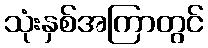
သုံးနှစ်အကြာတွင်